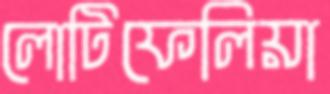
লোটিফেলিয়া